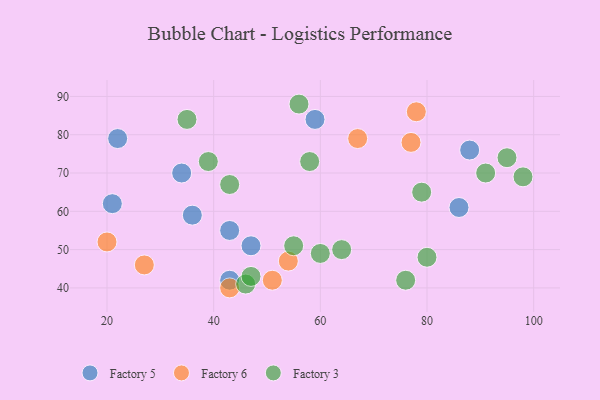
{"axis": {"x": "GDP", "y": "Life Expectancy"}, "legend": ["Factory 3", "Factory 5", "Factory 6"], "data": [{"x": "34", "y": 70, "type": "Factory 5"}, {"x": "88", "y": 76, "type": "Factory 5"}, {"x": "43", "y": 55, "type": "Factory 5"}, {"x": "21", "y": 62, "type": "Factory 5"}, {"x": "36", "y": 59, "type": "Factory 5"}, {"x": "43", "y": 42, "type": "Factory 5"}, {"x": "22", "y": 79, "type": "Factory 5"}, {"x": "86", "y": 61, "type": "Factory 5"}, {"x": "59", "y": 84, "type": "Factory 5"}, {"x": "47", "y": 51, "type": "Factory 5"}, {"x": "20", "y": 52, "type": "Factory 6"}, {"x": "54", "y": 47, "type": "Factory 6"}, {"x": "43", "y": 40, "type": "Factory 6"}, {"x": "27", "y": 46, "type": "Factory 6"}, {"x": "51", "y": 42, "type": "Factory 6"}, {"x": "78", "y": 86, "type": "Factory 6"}, {"x": "77", "y": 78, "type": "Factory 6"}, {"x": "67", "y": 79, "type": "Factory 6"}, {"x": "95", "y": 74, "type": "Factory 3"}, {"x": "79", "y": 65, "type": "Factory 3"}, {"x": "46", "y": 41, "type": "Factory 3"}, {"x": "60", "y": 49, "type": "Factory 3"}, {"x": "76", "y": 42, "type": "Factory 3"}, {"x": "98", "y": 69, "type": "Factory 3"}, {"x": "64", "y": 50, "type": "Factory 3"}, {"x": "56", "y": 88, "type": "Factory 3"}, {"x": "55", "y": 51, "type": "Factory 3"}, {"x": "39", "y": 73, "type": "Factory 3"}, {"x": "58", "y": 73, "type": "Factory 3"}, {"x": "43", "y": 67, "type": "Factory 3"}, {"x": "91", "y": 70, "type": "Factory 3"}, {"x": "80", "y": 48, "type": "Factory 3"}, {"x": "47", "y": 43, "type": "Factory 3"}, {"x": "35", "y": 84, "type": "Factory 3"}]}